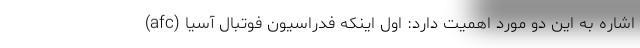
اشاره به این دو مورد اهمیت دارد: اول اینکه فدراسیون فوتبال آسیا (afc)